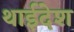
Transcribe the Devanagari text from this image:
थाईदेश